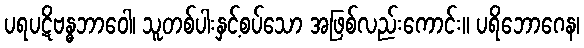
ပရပဋိဗန္ဓဘာဝေါ၊ သူတစ်ပါးနှင့်စပ်သော အဖြစ်လည်းကောင်း။ ပရိဘောဂေန၊